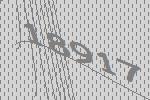
18917